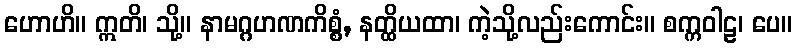
ဟောဟိ။ ဣတိ၊ သို့။ နာမဂ္ဂဟဏကိစ္စံ, နတ္ထိယထာ၊ ကဲ့သို့လည်းကောင်း။ စက္ကဝါဠ၊ ပေ။